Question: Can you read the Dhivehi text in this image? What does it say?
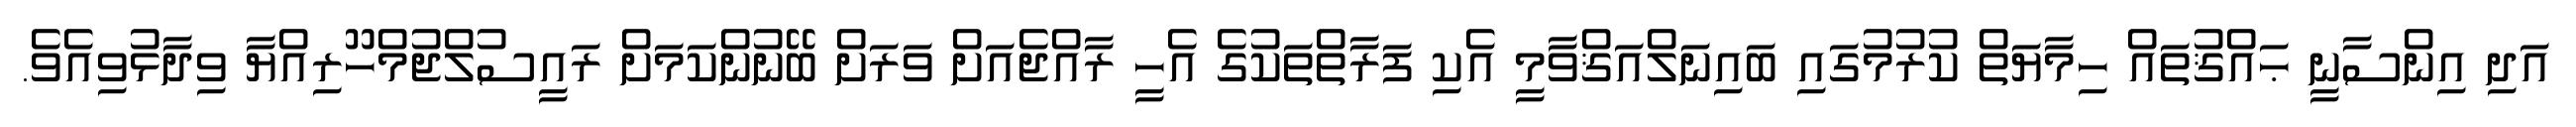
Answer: އަދި އިންސާނީ ޙައްޤުތައް ހިމާޔަތް ކުރުމުގައި ބައިނަލްއަޤްވާމީ އެކި ފަރާތްތަކުގެ އެހީ ރާއްޖެއަށް ވަރަށް ބޭނުންކަމަށް ރައީސުލްޖުމްހޫރިއްޔާ ވިދާޅުވިއެވެ.